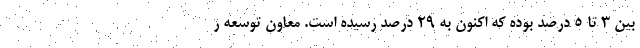
بین 3 تا 5 درصد بوده که اکنون به 29 درصد رسیده است. معاون توسعه ر